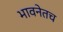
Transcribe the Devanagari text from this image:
भावनेतच